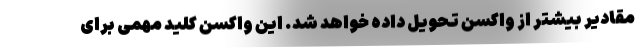
مقادیر بیشتر از واکسن تحویل داده خواهد شد. این واکسن کلید مهمی برای